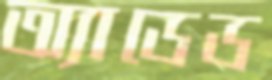
অ্যাডেড